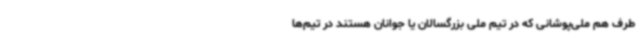
طرف هم ملی‌پوشانی که در تیم ملی بزرگسالان یا جوانان هستند در تیم‌ها